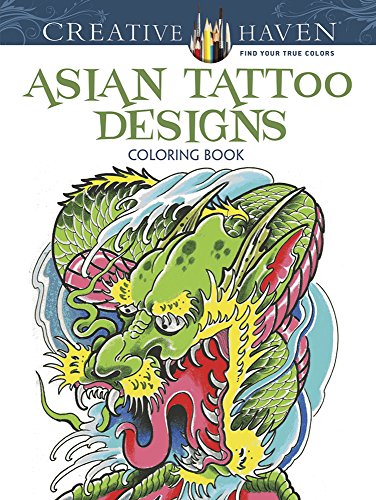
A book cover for Creative Haven Asian Tattoo Designs Coloring Book (Creative Haven Coloring Books); Erik Siuda; Arts & Photography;